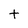
Character: t